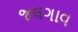
જલગાવ